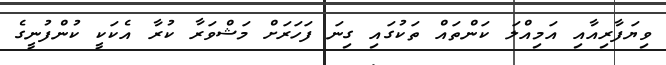
ވިޔަފާރިއާއި އަމިއްލަ ކަންތައް ތަކުގައި ގިނަ ފަހަރަށް މަޝްވަރާ ކުރާ އެކަކީ ކުންފުނީގެ